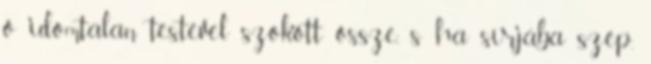
ő idomtalan testével szokott össze, s ha sírjába szép,